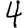
Digit: 4